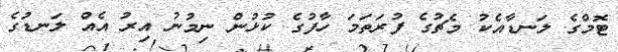
ޓޮމްގެ ލަނޑާއެކު މެޗުގެ ފުރަތަމަ ހާފުގެ ކުޅުން ނިމުނު އިރު އެއް ލަނޑުގެ